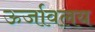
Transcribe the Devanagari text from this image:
ऊर्जावलय